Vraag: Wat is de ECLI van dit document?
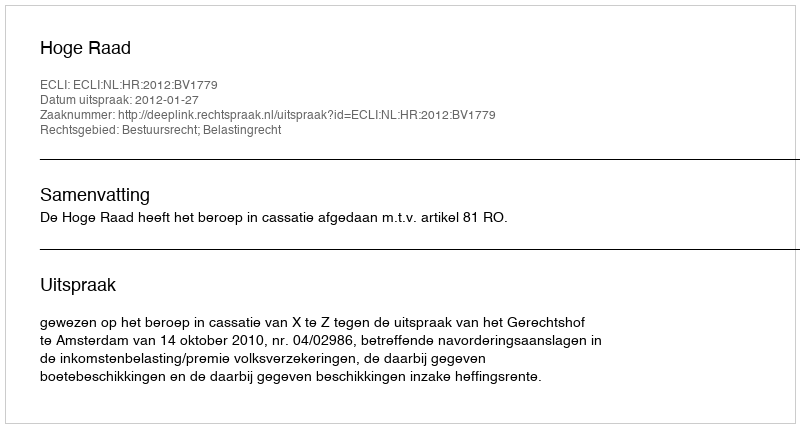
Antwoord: ECLI:NL:HR:2012:BV1779